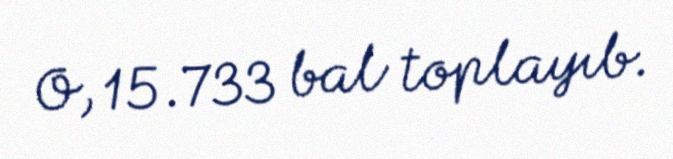
O, 15.733 bal toplayıb.